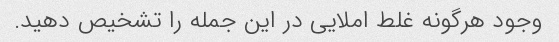
وجود هرگونه غلط املایی در این جمله را تشخیص دهید.